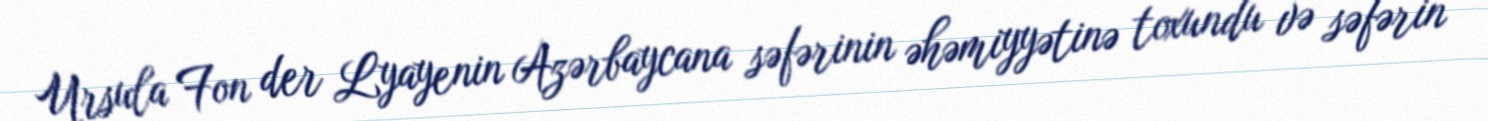
Ursula Fon der Lyayenin Azərbaycana səfərinin əhəmiyyətinə toxundu və səfərin